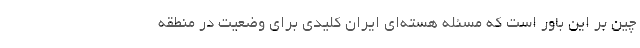
چین بر این باور است که مسئله هسته‌ای ایران کلیدی برای وضعیت در منطقه